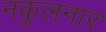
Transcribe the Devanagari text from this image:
नकुलनार